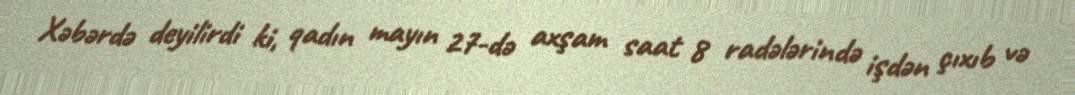
Xəbərdə deyilirdi ki, qadın mayın 27-də axşam saat 8 radələrində işdən çıxıb və